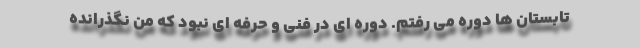
تابستان ها دوره می رفتم. دوره ای در فنی و حرفه ای نبود که من نگذرانده